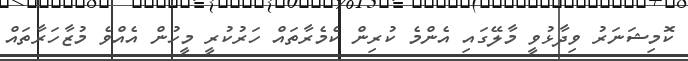
ކޮމިޝަނަރު ވިދާޅުވީ މާލޭގައި އެންމެ ކުރިން ކެމެރާތައް ހަރުކުރީ މީހުން އެއްވެ މުޒާހަރާތައް